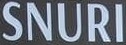
SNURI